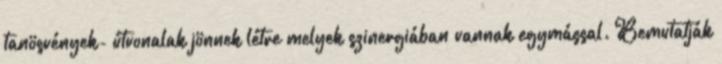
tanösvények- útvonalak jönnek létre melyek szinergiában vannak egymással. Bemutatják